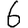
Digit: 6